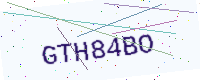
Text: GTH84BO